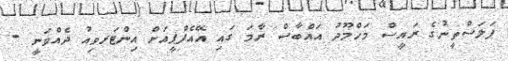
ފަލަސްތީނުގެ ރައީސް މަހްމޫދު އައްބާސް ރާމަ ގައި އޭއެފްޕީއަށް އިންޓަރވިއު ދެއްވަނީ -